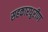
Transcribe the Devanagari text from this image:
सहकारधुरीण